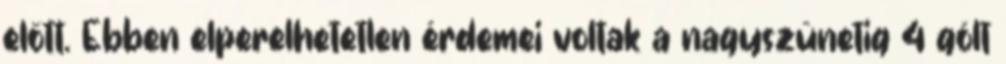
előtt. Ebben elperelhetetlen érdemei voltak a nagyszünetig 4 gólt